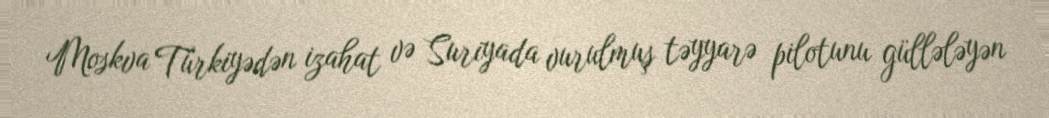
Moskva Türkiyədən izahat və Suriyada vurulmuş təyyarə pilotunu güllələyən